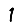
Digit: 1